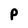
Character: P